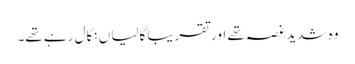
وہ شدید غصہ تھے اور تقریبا گالیاں نکال رہے تھے۔